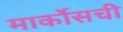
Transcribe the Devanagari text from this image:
मार्कोसची